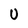
Character: U